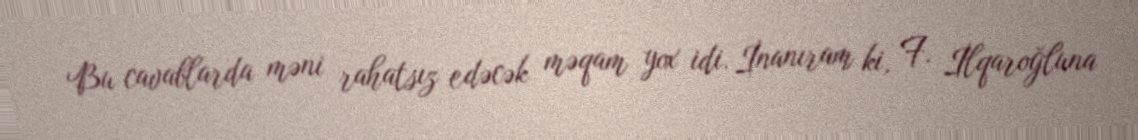
Bu cavablarda məni rahatsız edəcək məqam yox idi. İnanıram ki, F. İlqaroğluna